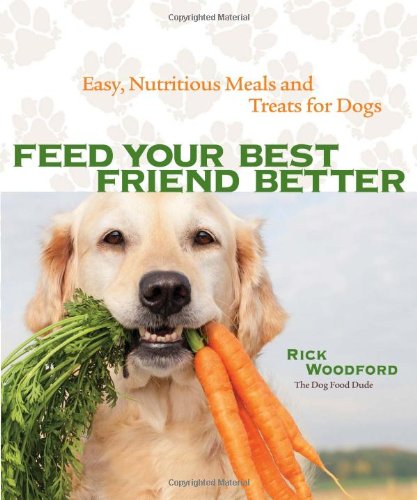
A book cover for Feed Your Best Friend Better: Easy, Nutritious Meals and Treats for Dogs; Rick Woodford; Crafts, Hobbies & Home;